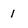
Character: 1